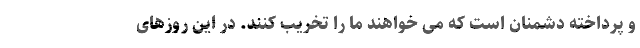
و پرداخته دشمنان است که می خواهند ما را تخریب کنند. در این روزهای